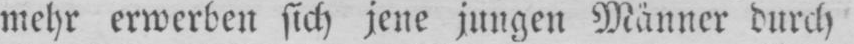
mehr erwerben sich jene jungen Männer durch